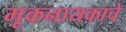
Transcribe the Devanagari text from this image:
मूकनायकाचे